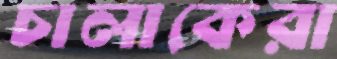
চালাকেরা